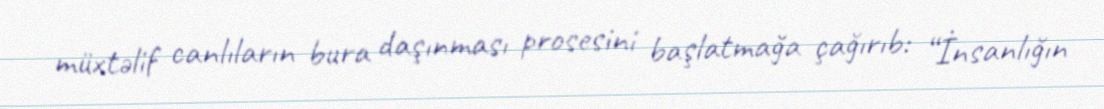
müxtəlif canlıların bura daşınması prosesini başlatmağa çağırıb: “İnsanlığın